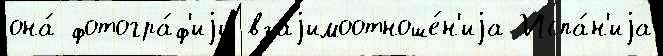
она́ фотогра́ф'иjи взаjимоотноше́н'иjа Испа́н'иjа